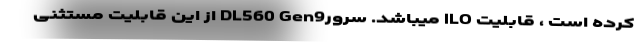
کرده است ، قابلیت ILO میباشد. سرورDL560 Gen9 از این قابلیت مستثنی